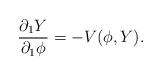
\begin{align*}\frac{\partial_1 Y}{\partial_1 \phi} = -V(\phi, Y).\end{align*}